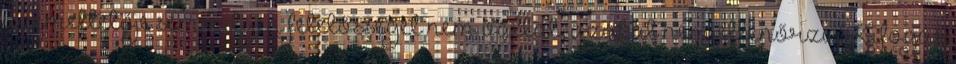
üzemeltetője semmilyen felelősséget nem vállal, azokat nem ellenőrzi. Kifogás